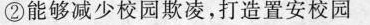
②能够减少校园欺凌，打造置安校园